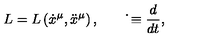
L = L \left( \dot { x } ^ { \mu } , \ddot { x } ^ { \mu } \right) , \qquad \dot { } \equiv \frac { d } { d t } ,